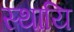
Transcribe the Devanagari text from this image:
स्थायि